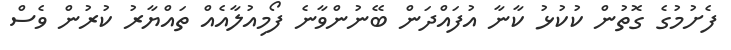
ފެށުމުގެ ގޮތުން ކުކުޅު ކާނާ އުފައްދަން ބޭނުންވާނެ ފޯމިއުލާއެއް ތައްޔާރު ކުރުން ވެސް